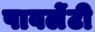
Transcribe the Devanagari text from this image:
पावलेंटी